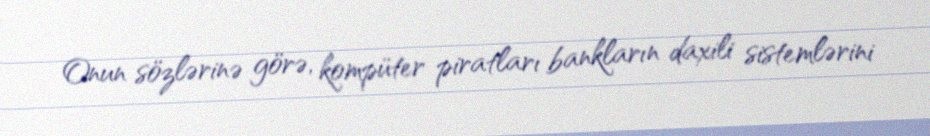
Onun sözlərinə görə, kompüter piratları bankların daxili sistemlərini